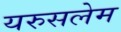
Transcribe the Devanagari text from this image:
यरुसलेम